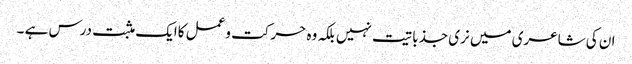
ان کی شاعری میں نری جذباتیت نہیں بلکہ وہ حرکت وعمل کاایک مثبت درس ہے ۔